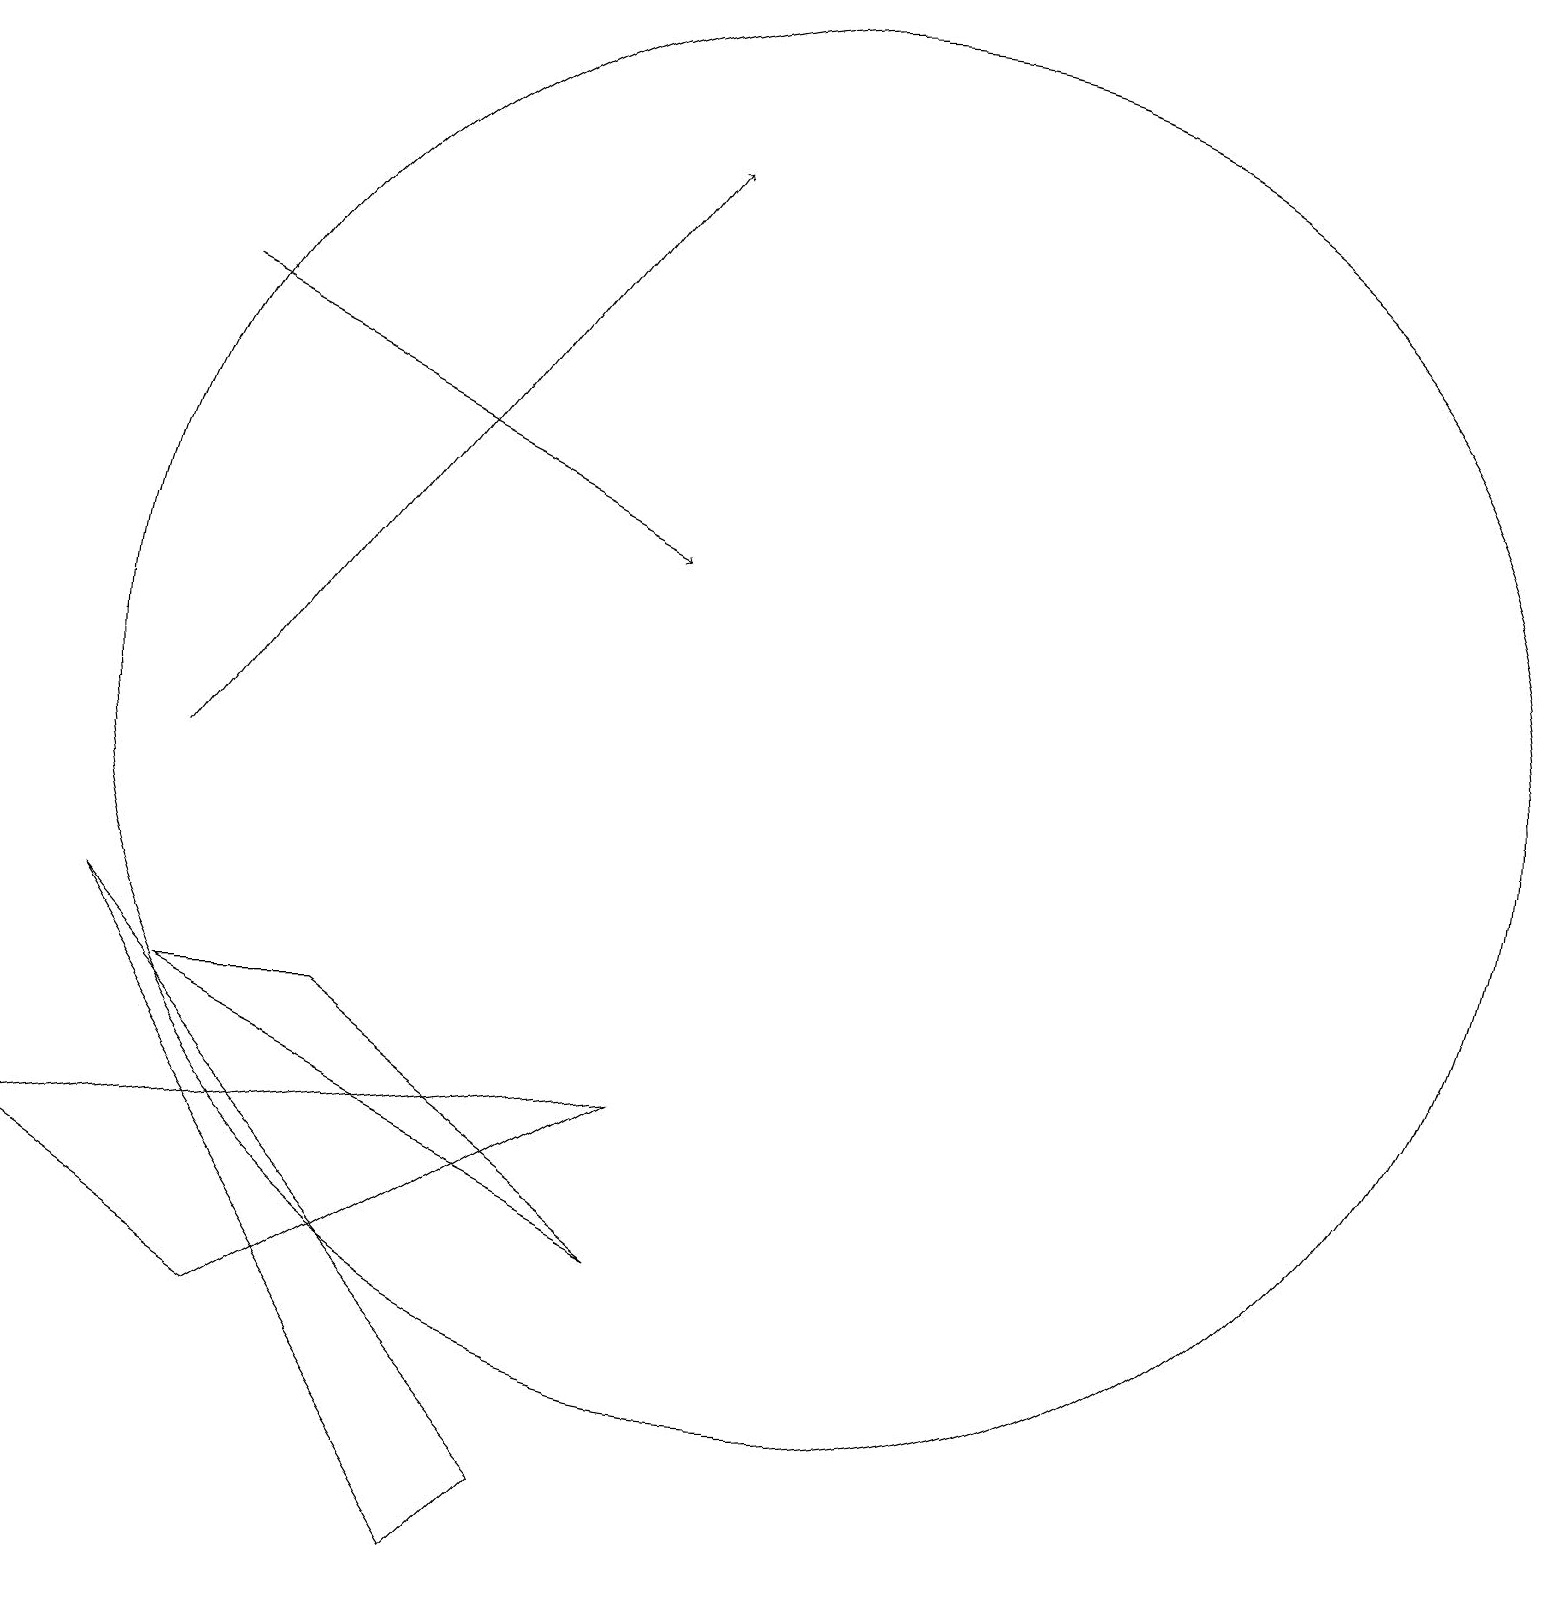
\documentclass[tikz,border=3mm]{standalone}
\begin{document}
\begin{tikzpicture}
\draw (5,7) -- (3,7) -- (9,4) -- cycle;
\draw (1,5) -- (4,3) -- (9,6) -- cycle;
\draw (7,0) -- (2,8) -- (8,1) -- cycle;
\draw (11,11) circle (9);
\draw[->] (3,10) -- (9,18);
\draw[->] (3,16) -- (9,13);
\draw (10,12) circle (0);
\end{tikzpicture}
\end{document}